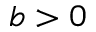
b > 0